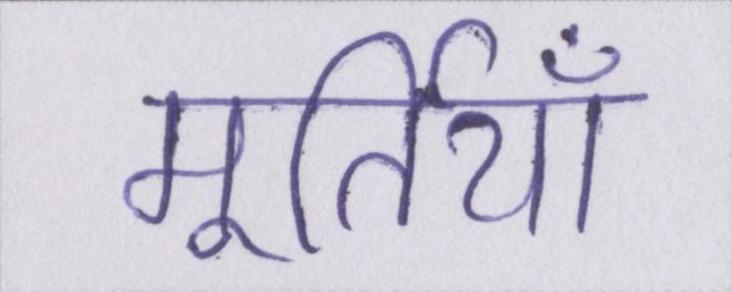
मूर्तियाँ